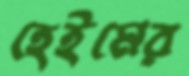
হেইমের